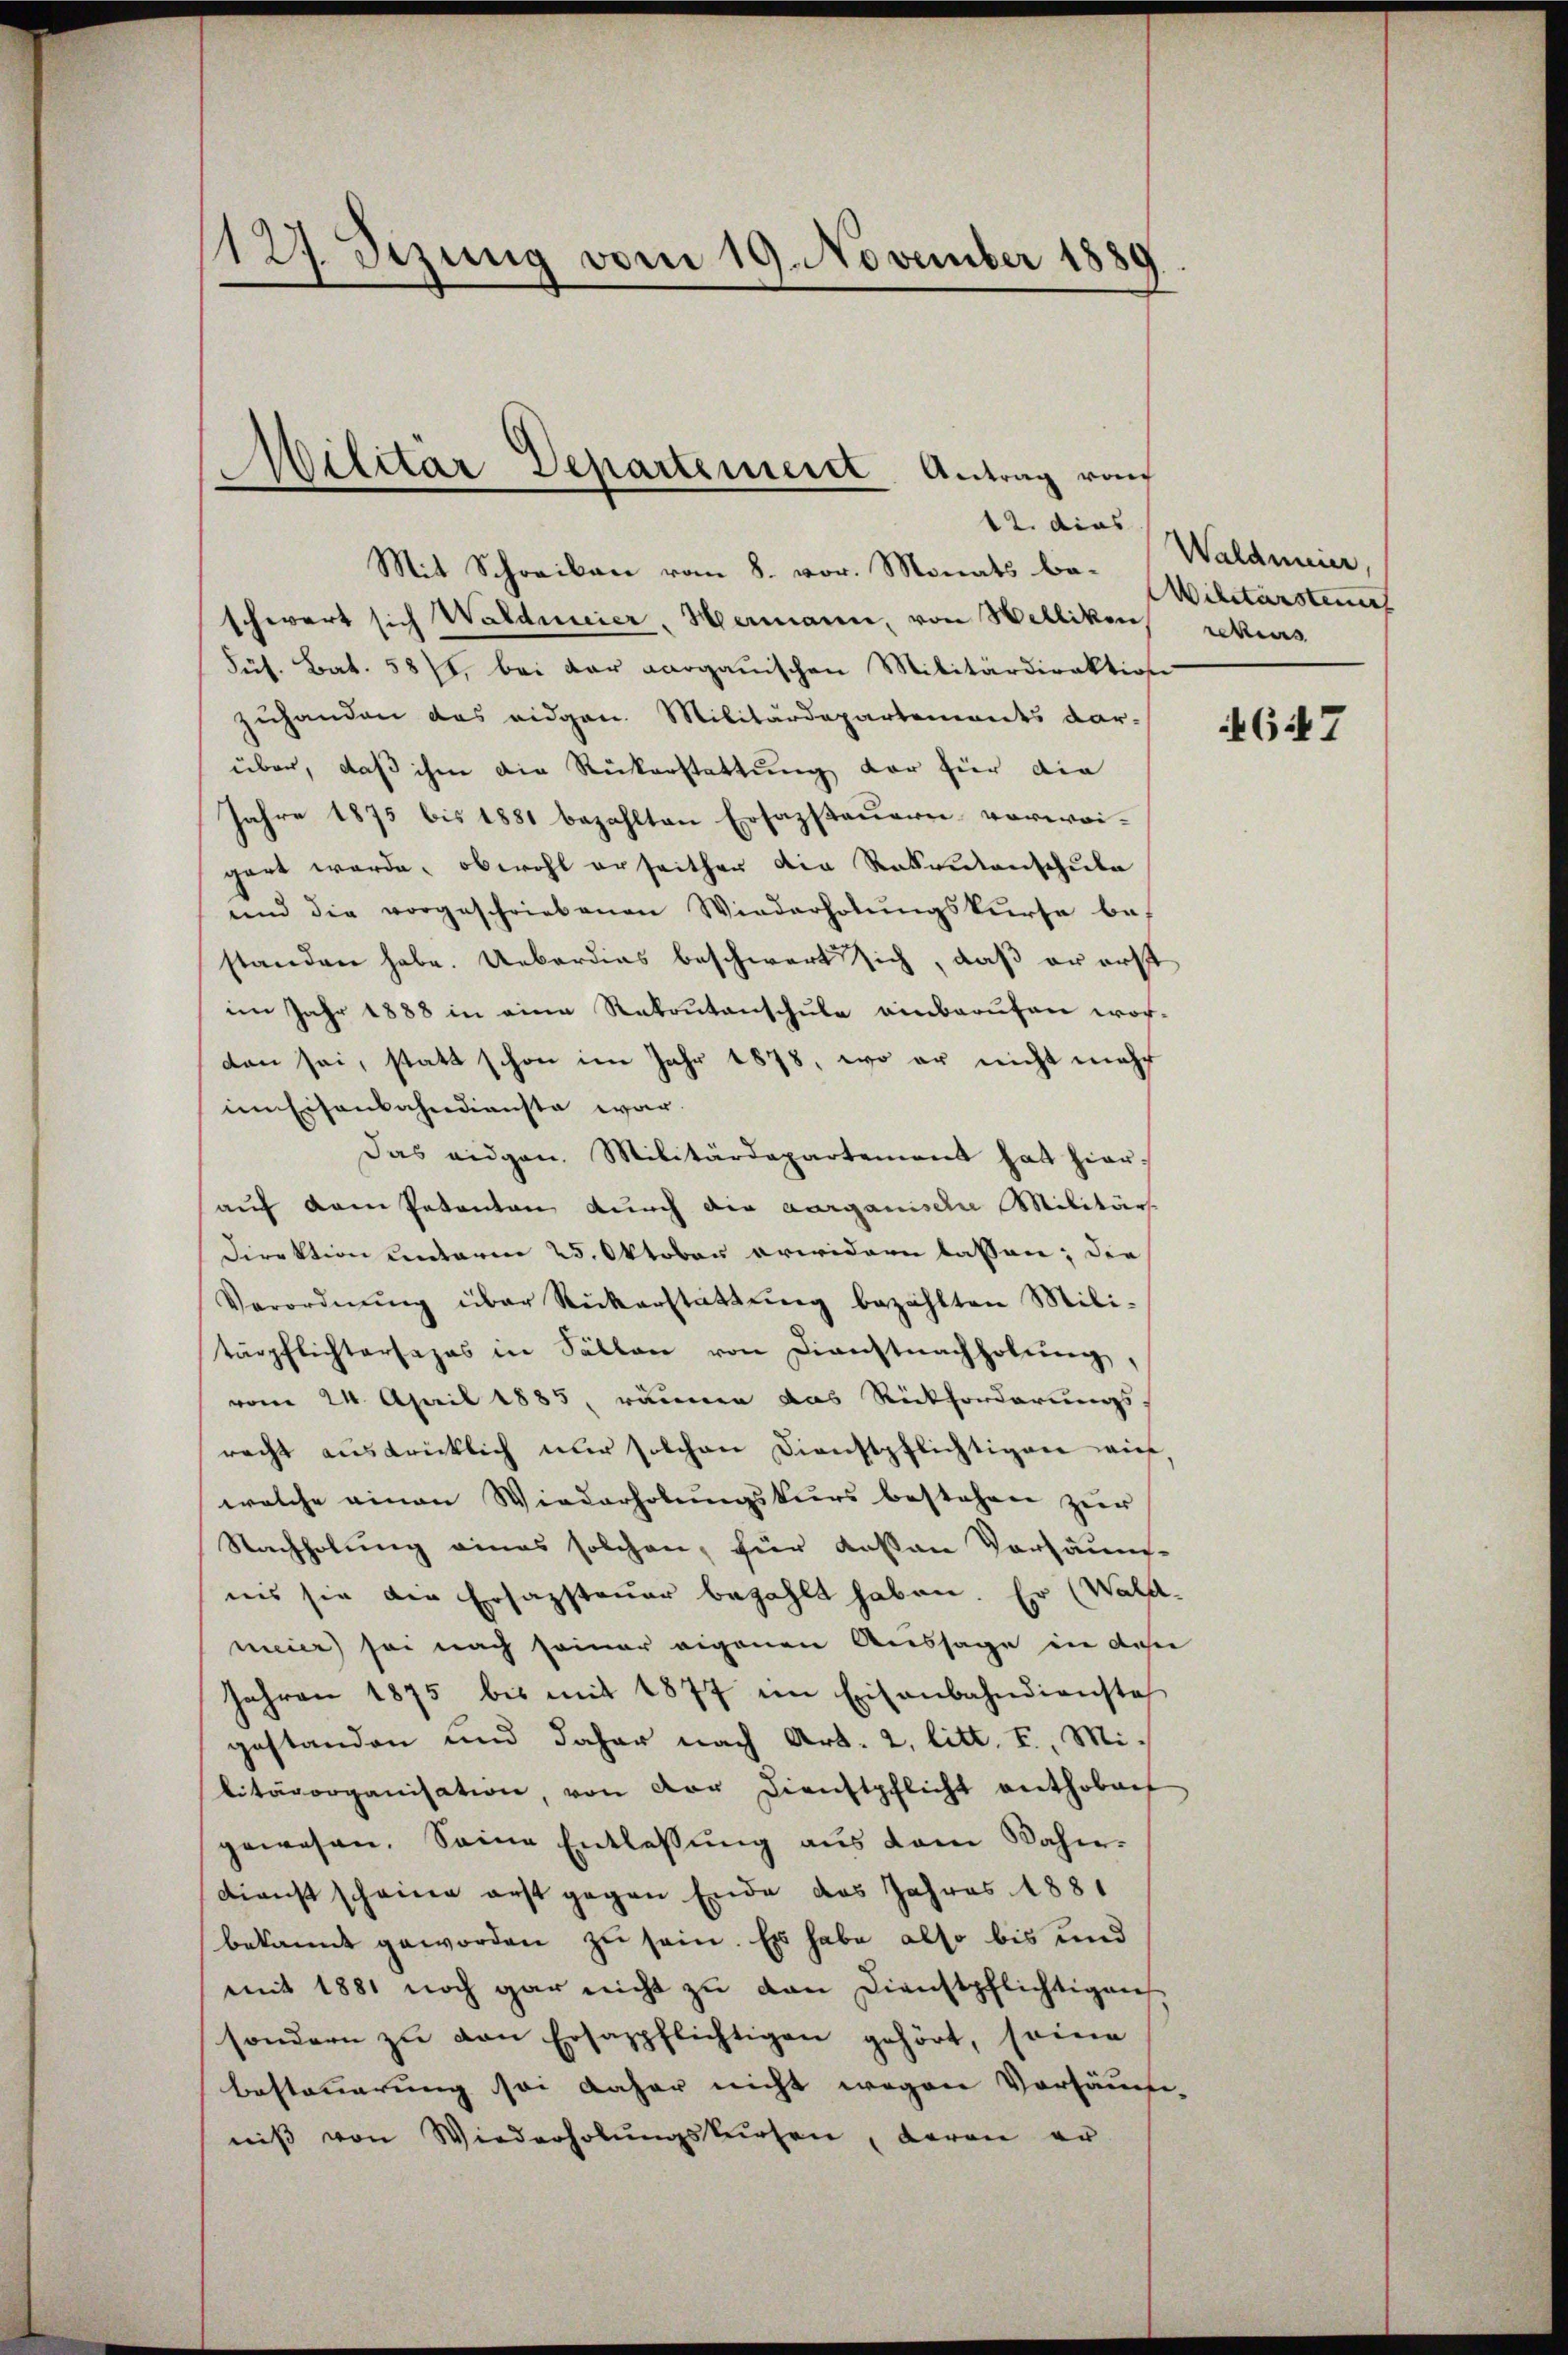
127. Sezung vom 19. November 1889

Mit Schreiben vom 8. vor. Monats beschwert sich Waldmeier, Hermann, von Hellikon
Füt. Bat. 5871, bei der aargauischen Militärdirektion
zuhanden das eidgen. Militärdepartements dar-
über, daß ihm die Rückerstattung vor für die
Jahre 1875 bis 1881 bezahlten Ersazsteuern vorweigart werde, obwohl erseither die Ratentenschule
und die vorgeschriebenen Wiederholungskurse be-
standen habe. Ueberdies beschwert sich, daß er erst
im Jahr 1888 in eine Rekrutenschule einberufen worden sei, statt schon im Jahr 1878, wo er nicht mehr
im Eisenbahndienste war.
Das eidgen. Militärdepartement hat hier-
auf dem Petenten durch die aarganische Militärs
Direktion unterm 25. Oktober erwidern lassen; die
Verordnŭng über Rückerstattŭng bezahlten Mili-
tärpflichtersages in Fällen von Dienstnachholŭng,
vom 24. April 1885, räumen das Rückforderungs
racht aŭstricklich nŭr solchen Dienstpflichtigen wie
welche einen Wiederholŭngskurs bestehen zur
Nachholung eines solchen, für Kassen Versäum-
nis sie der Ersazsteuer bezahlt haben. Er (Wald-
meier sei nach seiner eigenen Aussage in dari
Jahren 1875 bis mit 1877 im Eisenbahndienste
gestanden und daher nach Art. 2, litt. I, Militärorganisation, von der Dienstpflicht enthobaef
gewesen. Seine Entlassung aus dem Nahedienst scheine erst gegen Ende des Jahres 1881
bekannt geworden zu sein. Es habe also bis und
mit 1881 noch gar nicht zŭ den Dienstpflichtigen
sondern zu von Ersazpflichtigen gehört, seine
besteuerung sei daher nicht wegen Vorhäufi
niβ von Wiederholŭngskursen, daran er

Militar Departement. Antrag von
12. dies |

Waldmeier,
Wilitärsteuerf
rckens

647